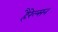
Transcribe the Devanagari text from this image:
हैरेल्सन